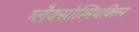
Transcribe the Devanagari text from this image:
ग्लैक्सोस्मिथक्लिन